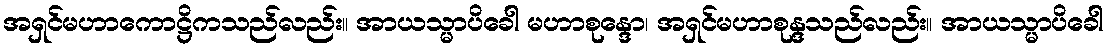
အရှင်မဟာကောဋ္ဌိကသည်လည်း။ အာယသ္မာပိခေါ မဟာစုန္ဒော၊ အရှင်မဟာစုန္ဒသည်လည်း။ အာယသ္မာပိခေါ